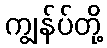
ကျွန်ပ်တို့